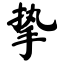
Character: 挚